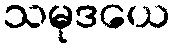
သမုဒယေ